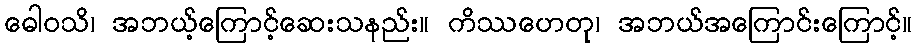
ဓေါဝသိ၊ အဘယ့်ကြောင့်ဆေးသနည်း။ ကိဿဟေတု၊ အဘယ်အကြောင်းကြောင့်။